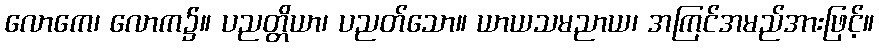
လောကေ၊ လောက၌။ ပညတ္တိယာ၊ ပညတ်သော။ ယာယသမညာယ၊ အကြင်အမည်အားဖြင့်။